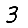
Digit: 3